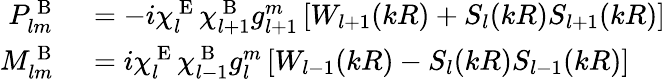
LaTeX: \begin{array}{rl}{P_{lm}^{\mathrm{~B~}}}&{{}=-i\chi_{l}^{\mathrm{~E~}}\chi_{l+1}^{\mathrm{~B~}}g_{l+1}^{m}\left[W_{l+1}(kR)+S_{l}(kR)S_{l+1}(kR)\right]}\\ {M_{lm}^{\mathrm{~B~}}}&{{}=i\chi_{l}^{\mathrm{~E~}}\chi_{l-1}^{\mathrm{~B~}}g_{l}^{m}\left[W_{l-1}(kR)-S_{l}(kR)S_{l-1}(kR)\right]}\end{array}